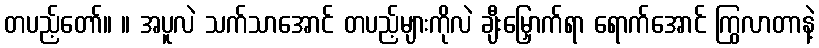
တပည့်တော်။ ။ အပူလဲ သက်သာအောင် တပည့်များကိုလဲ ချီးမြှောက်ရာ ရောက်အောင် ကြွလာတာနဲ့